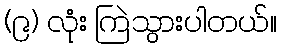
(၉) လုံး ကြဲသွားပါတယ်။